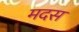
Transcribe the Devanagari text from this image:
मदस